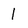
Character: 1